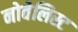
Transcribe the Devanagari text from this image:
नोवेलिस्ट